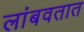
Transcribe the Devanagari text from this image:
लांबवतात